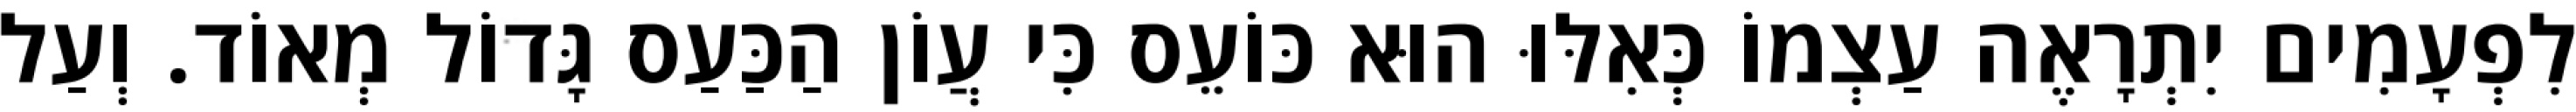
לִפְעָמִים יִתְרָאֶה עַצְמוֹ כְּאִלּוּ הוּא כּוֹעֵס כִּי עֲוֹן הַכַּעַס גָּדוֹל מְאוֹד. וְעַל